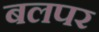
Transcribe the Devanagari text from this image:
बलपर